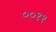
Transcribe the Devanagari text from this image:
००११